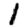
Digit: 1